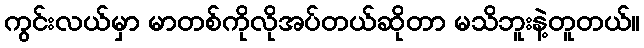
ကွင်းလယ်မှာ မာတစ်ကိုလိုအပ်တယ်ဆိုတာ မသိဘူးနဲ့တူတယ်။